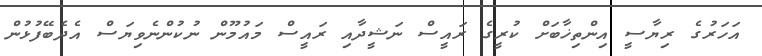
އަހަރުގެ ރިޔާސީ އިންތިޚާބަށް ކުރީގެ ރައީސް ނަޝީދާއި ރައީސް މައުމޫން ނުކުންނެވިޔަސް އެދެބޭފުޅުން